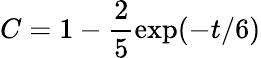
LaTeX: C=1-\frac{2}{5}\exp(-t/6)